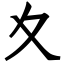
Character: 夊